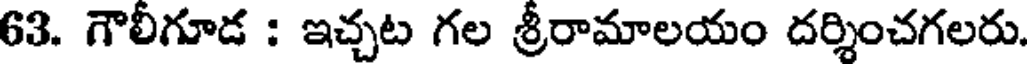
63. గౌలీగూడ : ఇచ్చట గల శ్రీరామాలయం దర్శించగలరు